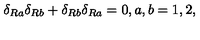
\delta _ { R a } \delta _ { R b } + \delta _ { R b } \delta _ { R a } = 0 , a , b = 1 , 2 ,